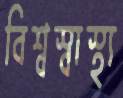
বিশ্বস্বাস্থ্য